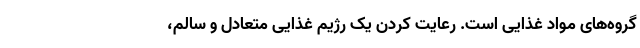
گروه‌های مواد غذایی است. رعایت کردن یک رژیم غذایی متعادل و سالم،